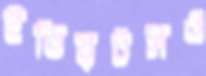
ইডিয়টসও